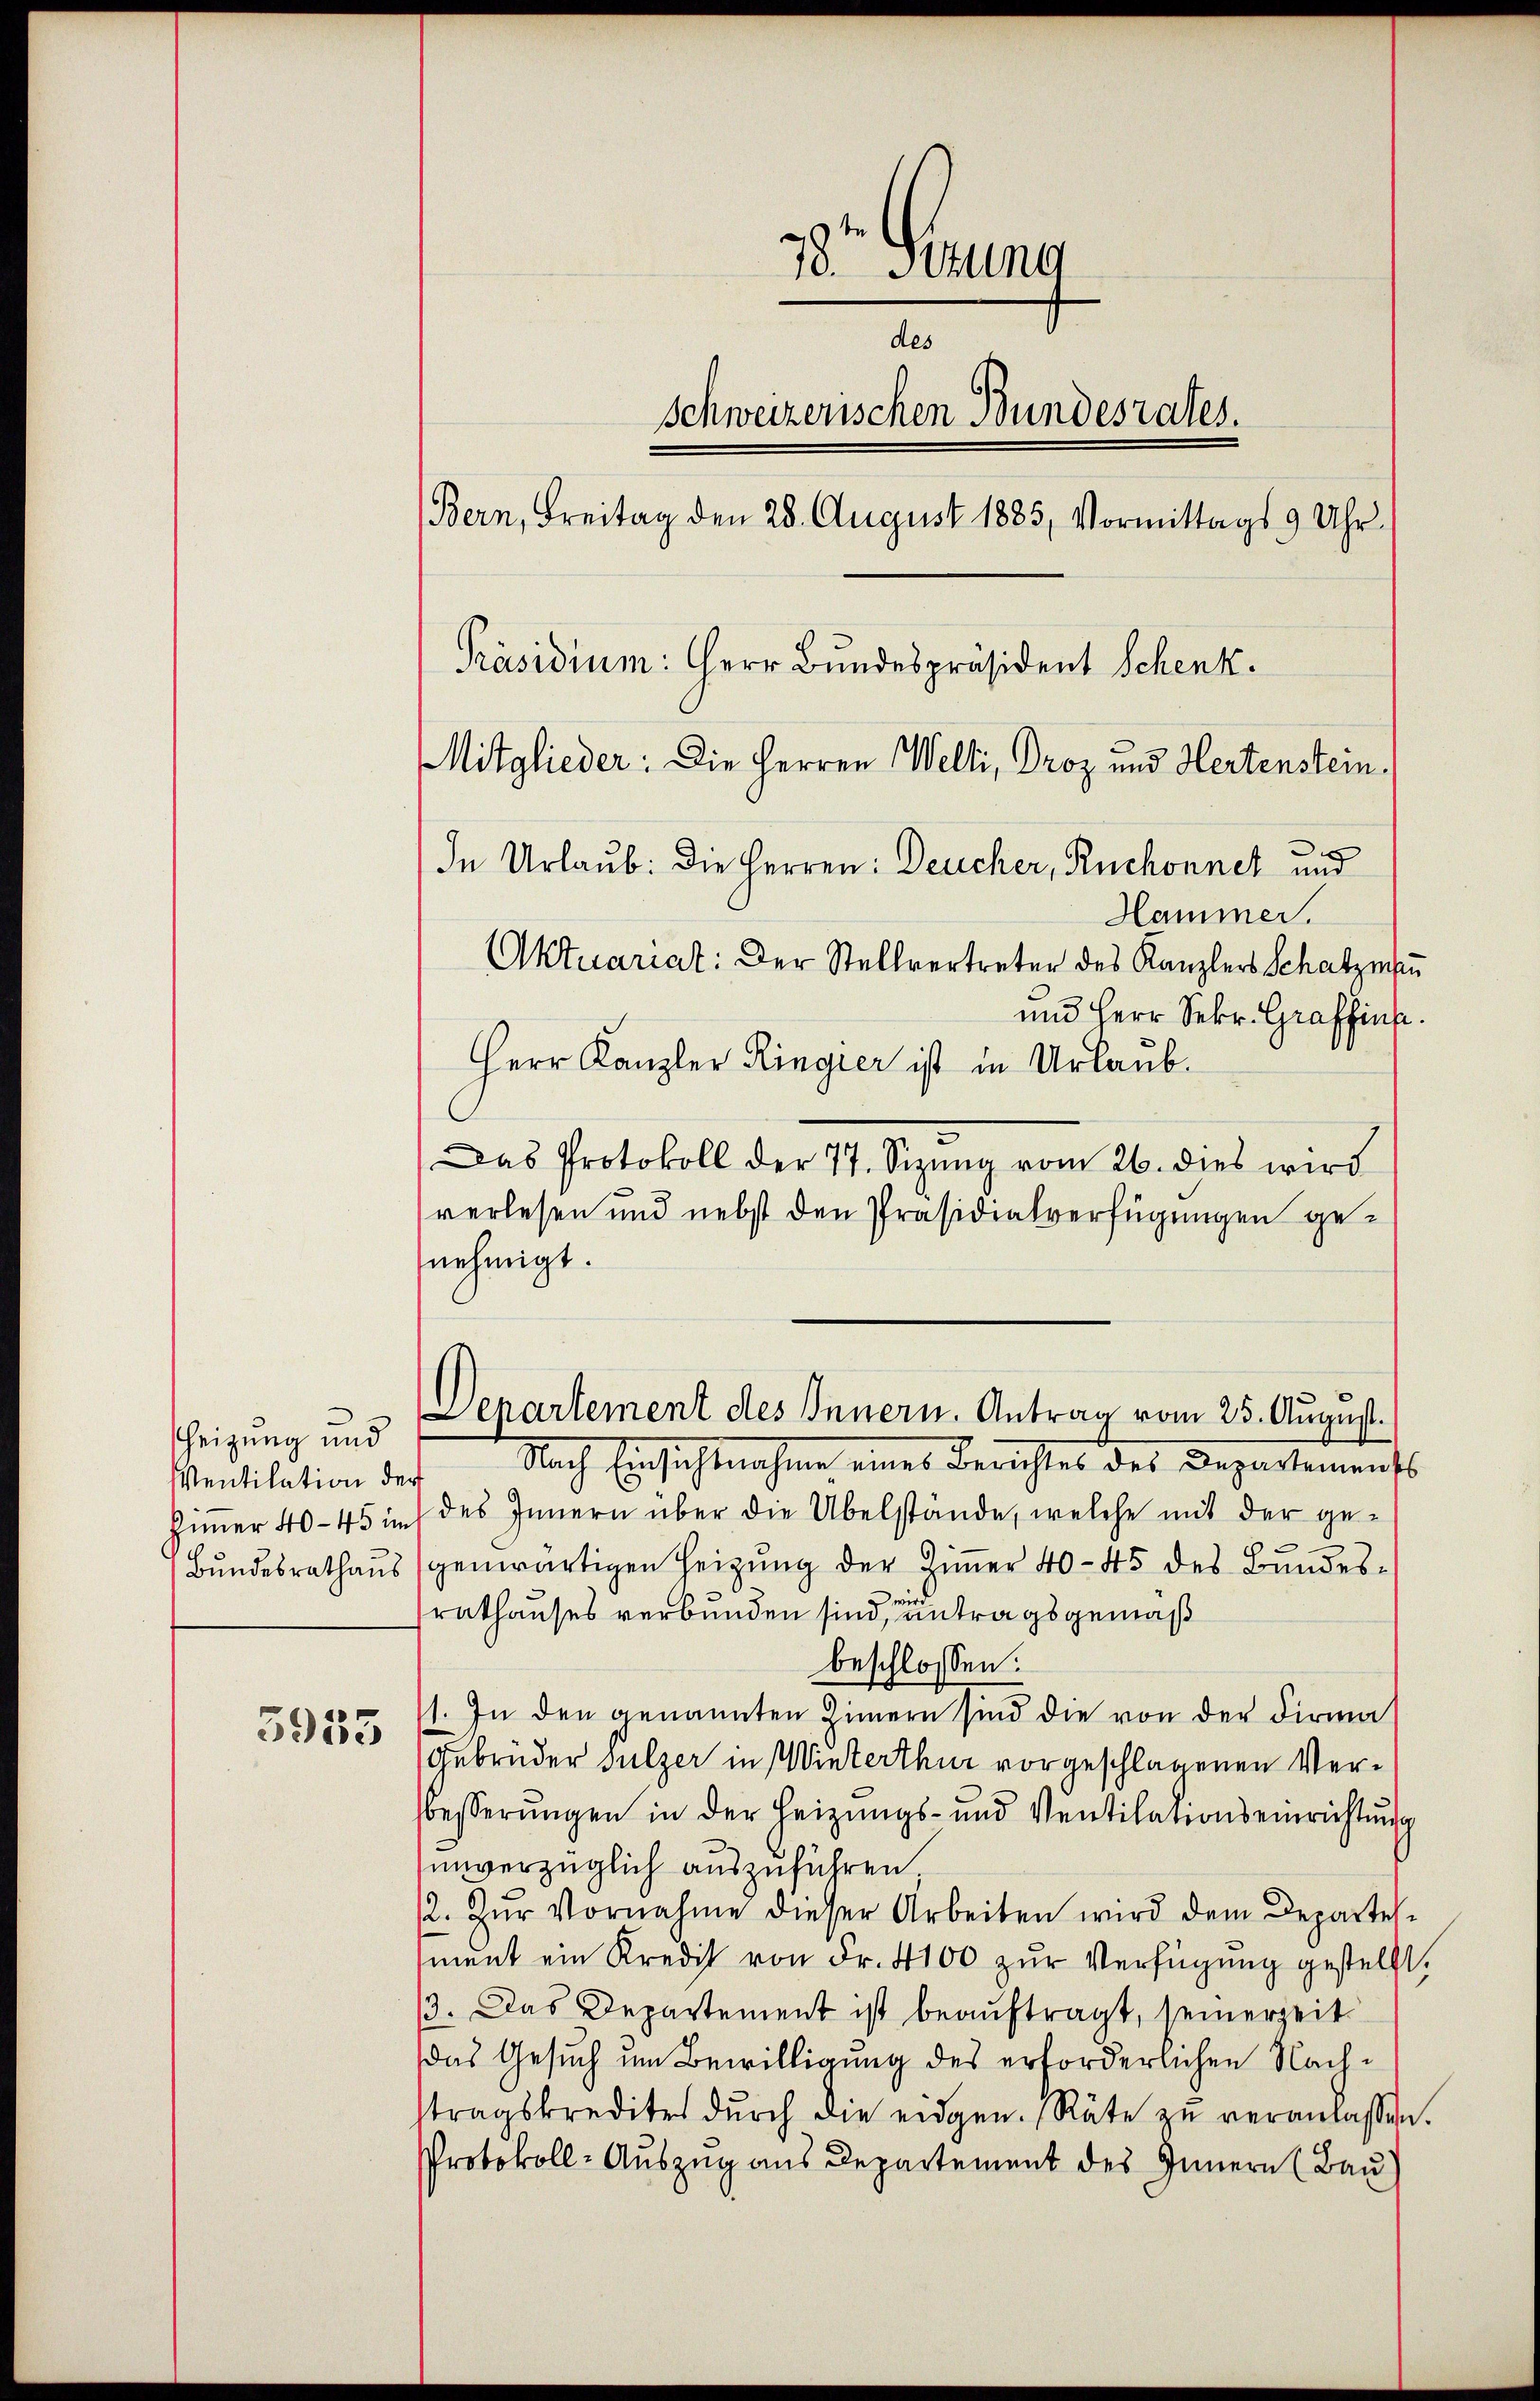
Heizung und
Mentilation der
Bundesrathaus

3955

Hammer.
Aktuariat: Der Stellvertreter des Kanzlers Schatzmau
und Herr Sekr. Graffink.
Herr Kanzler Ringier ist in Urlaub¬
3
Das Protokoll der 77. Sizung vom 26. dies wird
verlesen und nebst den Präsidialverfügungen genehmigt.
Nach Einsichtnahme eines Berichtes des Departements
Zimmer 40-45 in des Innern über die Übelstände, welche mit der ge-
.
genwärtigen Heizung der Zimmer 40 - 45 des Bundesrathauses verbunden sind, entragsgemäß
beschlossen:
1. In den genannten Zimmern sind die von der Firma
Gebrüder Sulzer in Winterthur vorgeschlagenen Verbesserungen in der Heizungs- und Ventilationseinrichtung
unverzüglich auszuführen
12. Zŭr Vornahme dieser Arbeiten wird dem Departel-
ment ein Kredit von Fr. 4100 zŭr Verfügung gestellt.
3. Das Departement ist beauftragt, seinerzeit
das Gesuch um Bewilligung des erforderlichen Nachstragskredites dŭrch die eidgen. Räte zŭ veranlassen.
Protokoll-Auszug aus Departement des Innern (Bau)

78. Situng
des
schweizerischen Bundesrates.
Bern, Freitag den 28. August 1883, Vormittags 9 Uhr.
Präsidium: Herr Bundespräsident Schenk.
Mitglieder: Die Herren Welti, Droz und Hertenstein¬
In Urlaub. Die Herren: Deucher, Ruchonnet und

Separtement des Innern. Antrag vom 25. August.